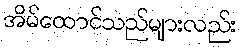
အိမ်ထောင်သည်များလည်း